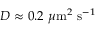
D \approx 0 . 2 ~ \mu \mathrm { m } ^ { 2 } ~ \mathrm { s } ^ { - 1 }